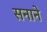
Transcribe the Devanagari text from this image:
सनाने